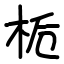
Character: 栀